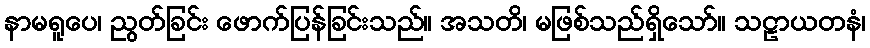
နာမရူပေ၊ ညွတ်ခြင်း ဖောက်ပြန်ခြင်းသည်။ အသတိ၊ မဖြစ်သည်ရှိသော်။ သဠာယတနံ၊